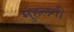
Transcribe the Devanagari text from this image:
मुंहलगी